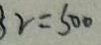
3 2 = 5 0 0